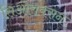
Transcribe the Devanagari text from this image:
सिओराक्सन